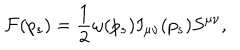
LaTeX: { \cal F } ( p _ { s } ) = \frac { 1 } { 2 } \omega ( p _ { s } ) I _ { \mu \nu } ( p _ { s } ) S ^ { \mu \nu } ,